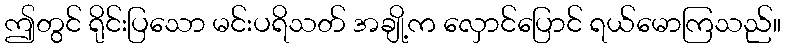
ဤတွင် ရိုင်းပြသော မင်းပရိသတ် အချို့က လှောင်ပြောင် ရယ်မောကြသည်။